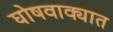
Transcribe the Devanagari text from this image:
घोषवाक्यात